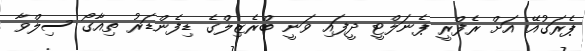
ޕެރަގުއޭ އަށް ރެފްރީ ޕެނަލްޓީ ދީފައި ވަނީ ބްރެޒިލްގެ ޑިފެންޑަރު ތިއާގޯ ސިލްވާ